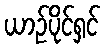
ယာဉ်ပိုင်ရှင်